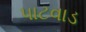
પાટવાડ